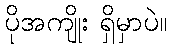
ပိုအကျိုး ရှိမှာပဲ။